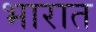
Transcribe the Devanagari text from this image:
भारात